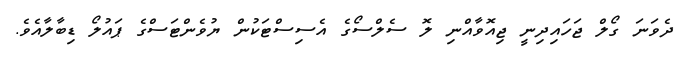
ދެވަނަ ގޯލް ޖަހައިދިނީ ޖިއޮވާއްނި ލޮ ސެލްސޯގެ އެސިސްޓަކުން ޔުވެންޓަސްގެ ޕައުލޯ ޑިބާލާއެވެ.